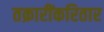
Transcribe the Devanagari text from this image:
तक्रारींकरितार